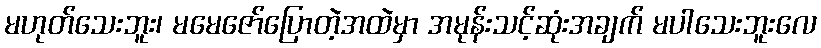
မဟုတ်သေးဘူး၊ မမေဇော်ပြောတဲ့အထဲမှာ အမုန်းသင့်ဆုံးအချက် မပါသေးဘူးလေ